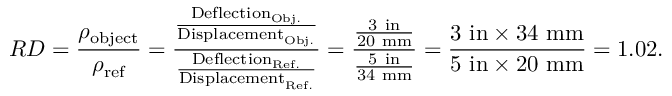
R D = { \frac { \rho _ { \mathrm { o b j e c t } } } { \rho _ { \mathrm { r e f } } } } = { \frac { \frac { { \mathrm { D e f l e c t i o n } } _ { \mathrm { O b j . } } } { { \mathrm { D i s p l a c e m e n t } } _ { \mathrm { O b j . } } } } { \frac { { \mathrm { D e f l e c t i o n } } _ { \mathrm { R e f . } } } { { \mathrm { D i s p l a c e m e n t } } _ { \mathrm { R e f . } } } } } = { \frac { \frac { 3 \ \mathrm { i n } } { 2 0 \ \mathrm { m m } } } { \frac { 5 \ \mathrm { i n } } { 3 4 \ \mathrm { m m } } } } = { \frac { 3 \ \mathrm { i n } \times 3 4 \ \mathrm { m m } } { 5 \ \mathrm { i n } \times 2 0 \ \mathrm { m m } } } = 1 . 0 2 .